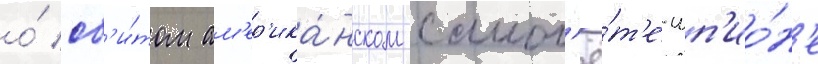
о́ сб'и́том ам'ер'ика́нском самол'ё́т'е-шп'ио́н'е